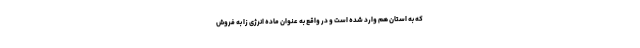
که به استان هم وارد شده است و در واقع به عنوان ماده انرژی زا به فروش